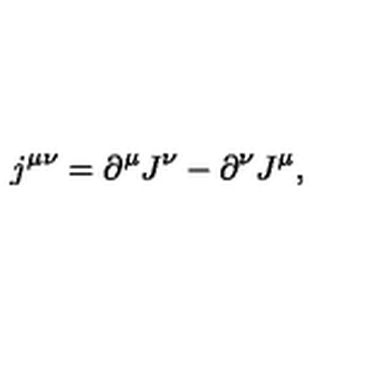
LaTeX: j ^ { \mu \nu } = \partial ^ { \mu } J ^ { \nu } - \partial ^ { \nu } J ^ { \mu } ,